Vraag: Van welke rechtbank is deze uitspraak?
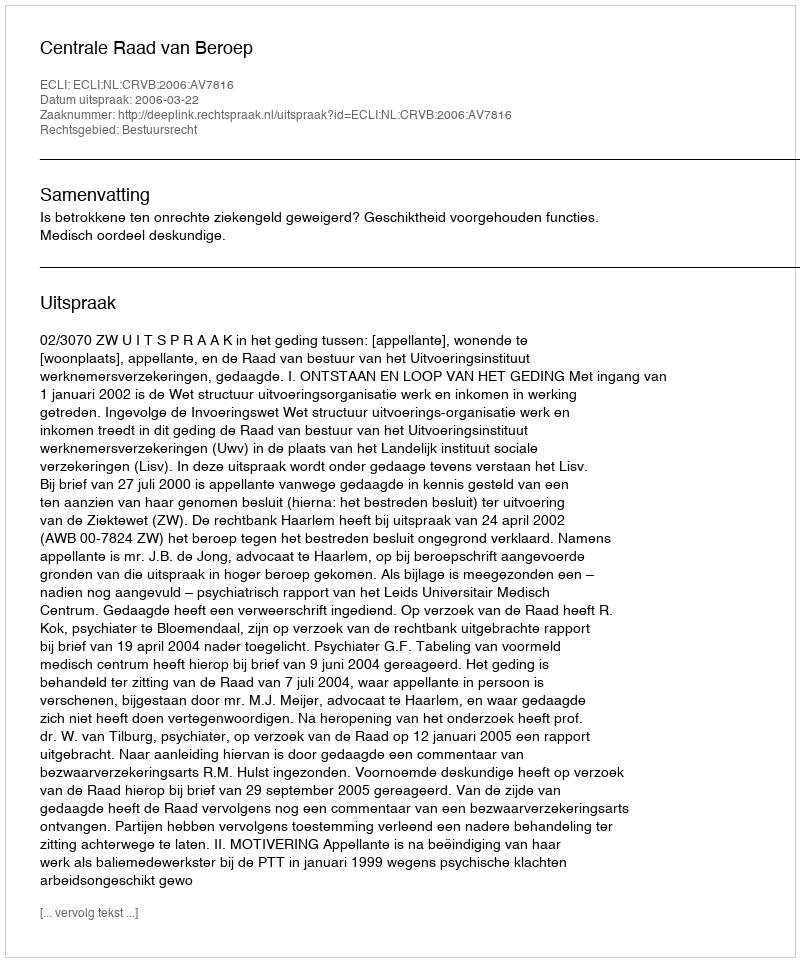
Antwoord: Centrale Raad van Beroep